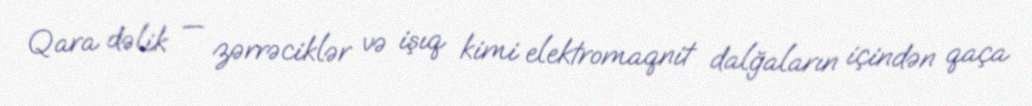
Qara dəlik — zərrəciklər və işıq kimi elektromaqnit dalğaların içindən qaça